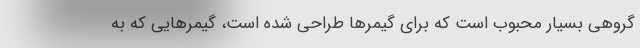
گروهی بسیار محبوب است که برای گیمرها طراحی شده است، گیمرهایی که به